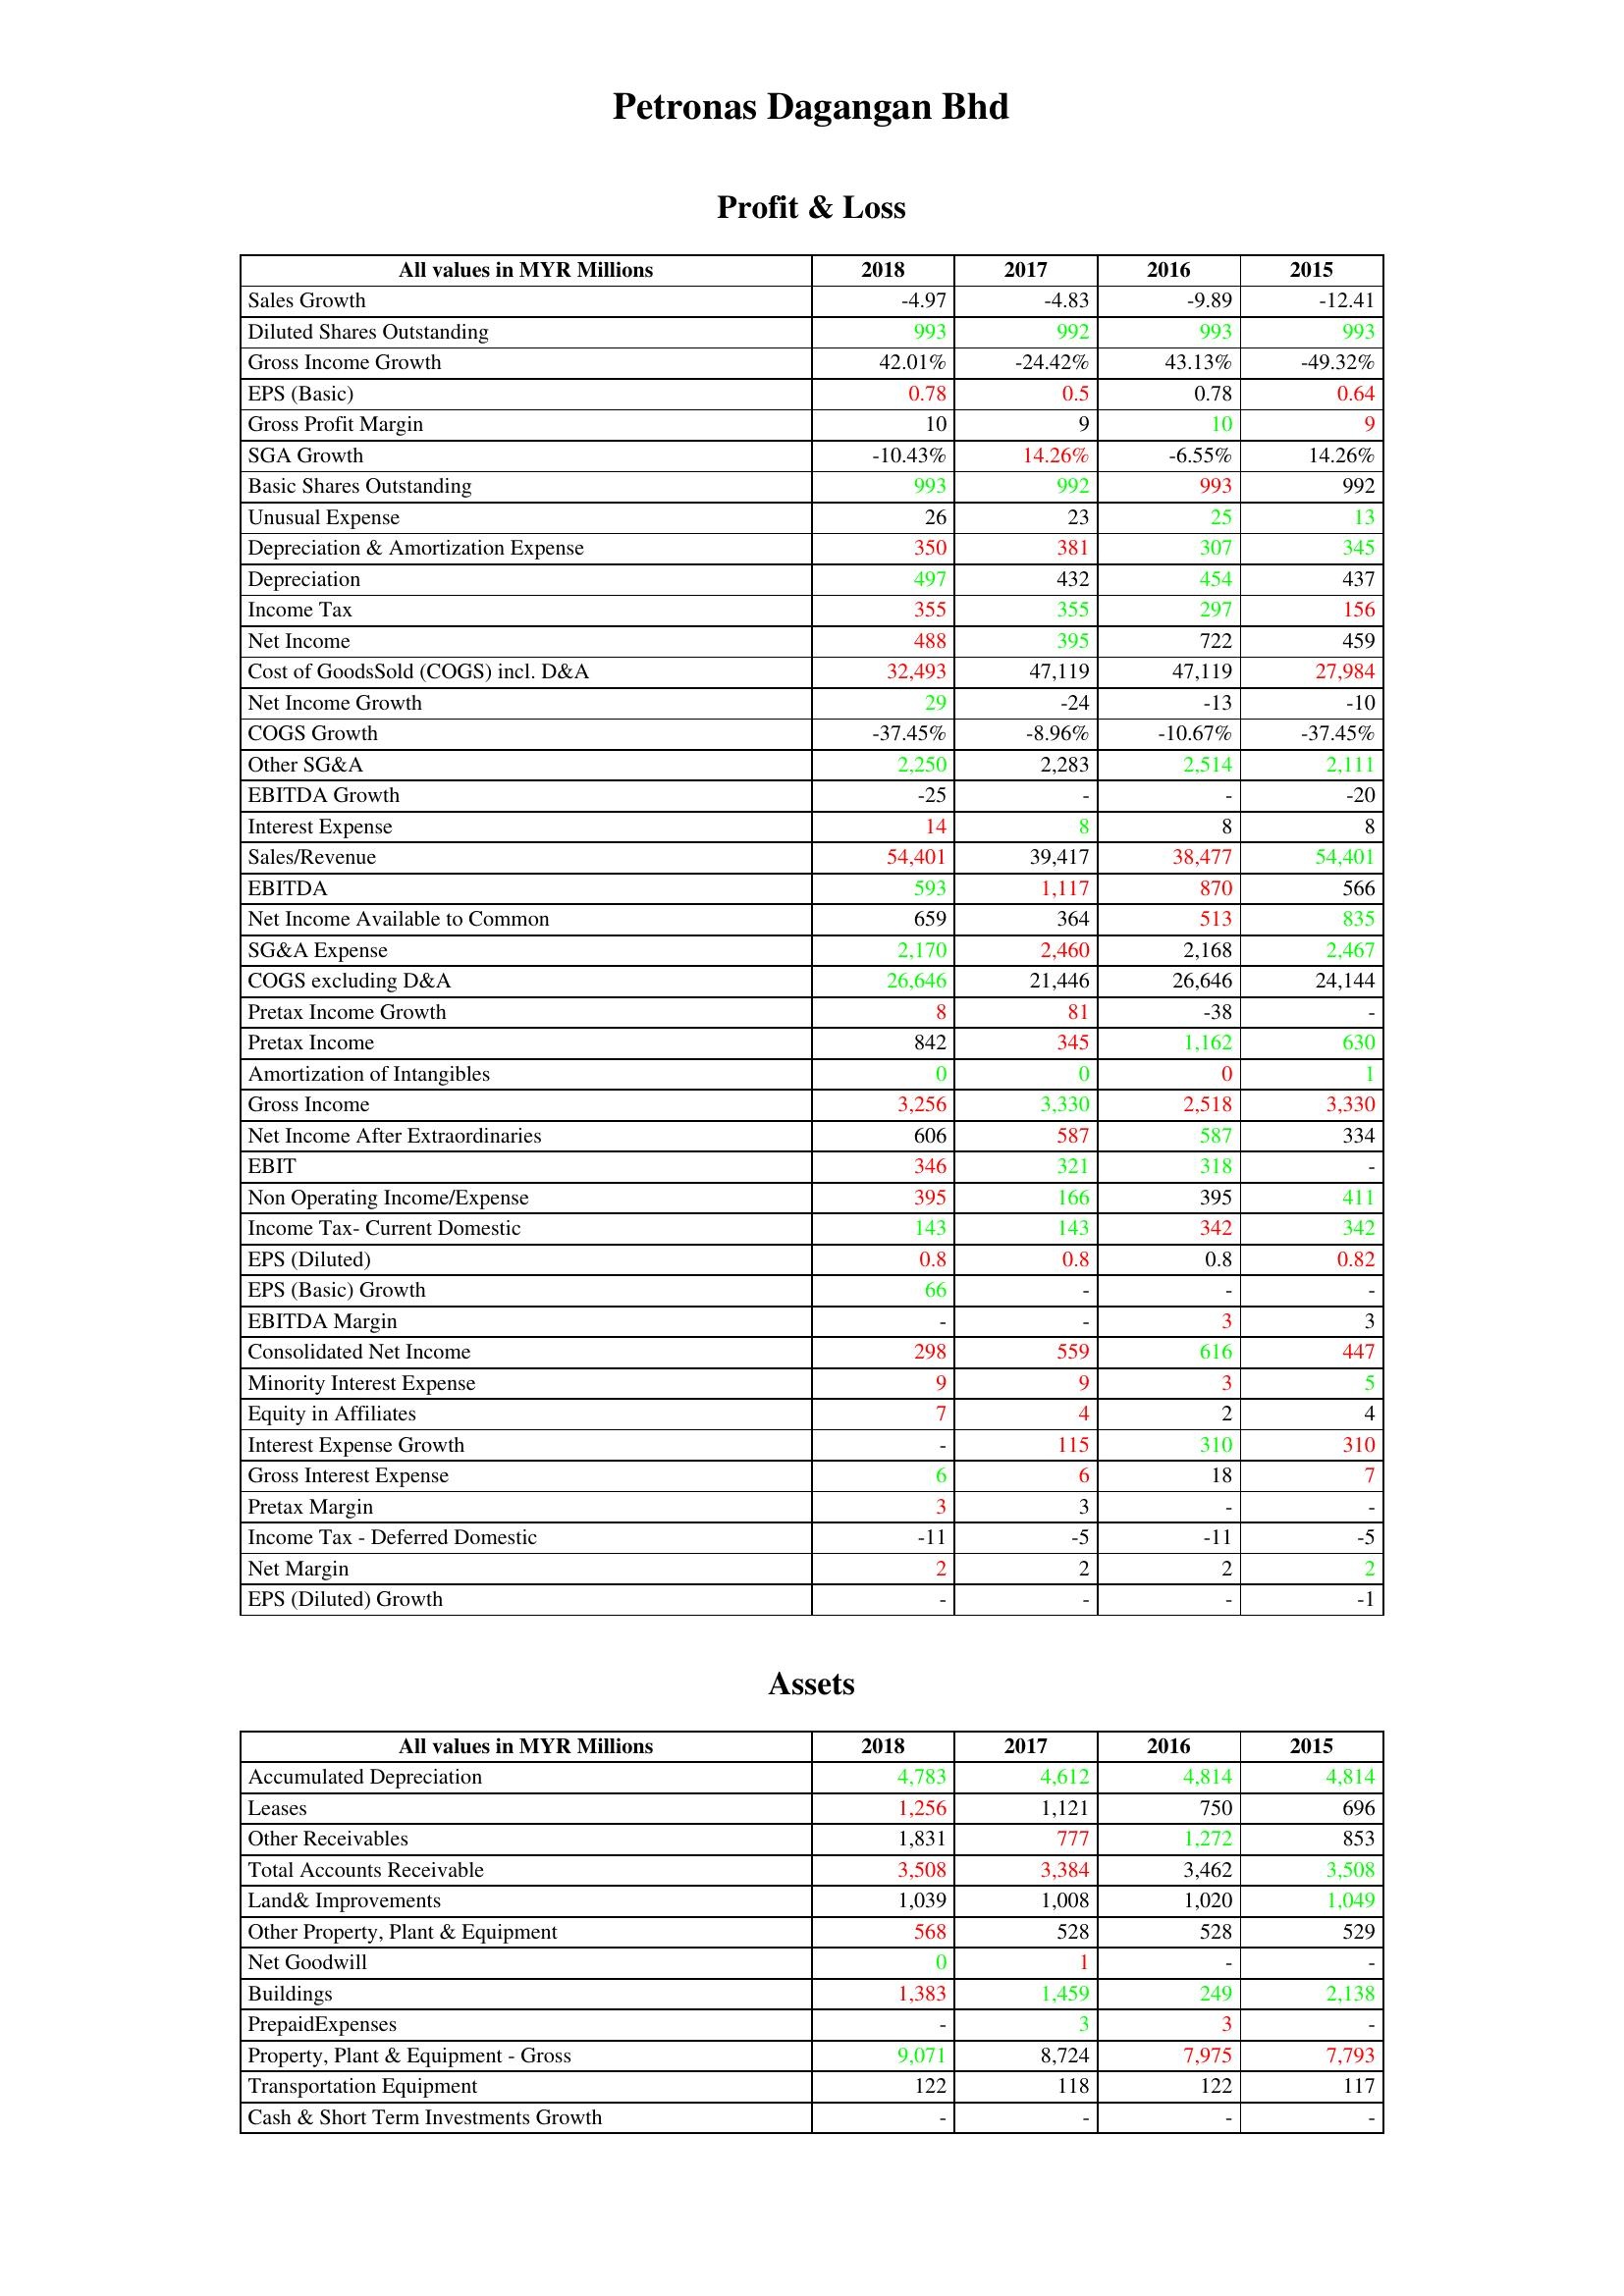
gt_parse: 2018: Profit & Loss: Sales Growth: -4.97
Diluted Shares Outstanding: 993
Gross Income Growth: 42.01%
EPS (Basic): 0.78
Gross Profit Margin: 10
SGA Growth: -10.43%
Basic Shares Outstanding: 993
Unusual Expense: 26
Depreciation & Amortization Expense: 350
Depreciation: 497
Income Tax: 355
Net Income: 488
Cost of GoodsSold (COGS) incl. D&A: 32,493
Net Income Growth: 29
COGS Growth: -37.45%
Other SG&A: 2,250
EBITDA Growth: -25
Interest Expense: 14
Sales/Revenue: 54,401
EBITDA: 593
Net Income Available to Common: 659
SG&A Expense: 2,170
COGS excluding D&A: 26,646
Pretax Income Growth: 8
Pretax Income: 842
Amortization of Intangibles: 0
Gross Income: 3,256
Net Income After Extraordinaries: 606
EBIT: 346
Non Operating Income/Expense: 395
Income Tax- Current Domestic: 143
EPS (Diluted): 0.8
EPS (Basic) Growth: 66
EBITDA Margin: -
Consolidated Net Income: 298
Minority Interest Expense: 9
Equity in Affiliates: 7
Interest Expense Growth: -
Gross Interest Expense: 6
Pretax Margin: 3
Income Tax - Deferred Domestic: -11
Net Margin: 2
EPS (Diluted) Growth: -
Assets: Accumulated Depreciation: 4,783
Leases: 1,256
Other Receivables: 1,831
Total Accounts Receivable: 3,508
Land& Improvements: 1,039
Other Property, Plant & Equipment: 568
Net Goodwill: 0
Buildings: 1,383
PrepaidExpenses: -
Property, Plant & Equipment - Gross : 9,071
Transportation Equipment: 122
Cash & Short Term Investments Growth: -
2017: Profit & Loss: Sales Growth: -4.83
Diluted Shares Outstanding: 992
Gross Income Growth: -24.42%
EPS (Basic): 0.5
Gross Profit Margin: 9
SGA Growth: 14.26%
Basic Shares Outstanding: 992
Unusual Expense: 23
Depreciation & Amortization Expense: 381
Depreciation: 432
Income Tax: 355
Net Income: 395
Cost of GoodsSold (COGS) incl. D&A: 47,119
Net Income Growth: -24
COGS Growth: -8.96%
Other SG&A: 2,283
EBITDA Growth: -
Interest Expense: 8
Sales/Revenue: 39,417
EBITDA: 1,117
Net Income Available to Common: 364
SG&A Expense: 2,460
COGS excluding D&A: 21,446
Pretax Income Growth: 81
Pretax Income: 345
Amortization of Intangibles: 0
Gross Income: 3,330
Net Income After Extraordinaries: 587
EBIT: 321
Non Operating Income/Expense: 166
Income Tax- Current Domestic: 143
EPS (Diluted): 0.8
EPS (Basic) Growth: -
EBITDA Margin: -
Consolidated Net Income: 559
Minority Interest Expense: 9
Equity in Affiliates: 4
Interest Expense Growth: 115
Gross Interest Expense: 6
Pretax Margin: 3
Income Tax - Deferred Domestic: -5
Net Margin: 2
EPS (Diluted) Growth: -
Assets: Accumulated Depreciation: 4,612
Leases: 1,121
Other Receivables: 777
Total Accounts Receivable: 3,384
Land& Improvements: 1,008
Other Property, Plant & Equipment: 528
Net Goodwill: 1
Buildings: 1,459
PrepaidExpenses: 3
Property, Plant & Equipment - Gross : 8,724
Transportation Equipment: 118
Cash & Short Term Investments Growth: -
2016: Profit & Loss: Sales Growth: -9.89
Diluted Shares Outstanding: 993
Gross Income Growth: 43.13%
EPS (Basic): 0.78
Gross Profit Margin: 10
SGA Growth: -6.55%
Basic Shares Outstanding: 993
Unusual Expense: 25
Depreciation & Amortization Expense: 307
Depreciation: 454
Income Tax: 297
Net Income: 722
Cost of GoodsSold (COGS) incl. D&A: 47,119
Net Income Growth: -13
COGS Growth: -10.67%
Other SG&A: 2,514
EBITDA Growth: -
Interest Expense: 8
Sales/Revenue: 38,477
EBITDA: 870
Net Income Available to Common: 513
SG&A Expense: 2,168
COGS excluding D&A: 26,646
Pretax Income Growth: -38
Pretax Income: 1,162
Amortization of Intangibles: 0
Gross Income: 2,518
Net Income After Extraordinaries: 587
EBIT: 318
Non Operating Income/Expense: 395
Income Tax- Current Domestic: 342
EPS (Diluted): 0.8
EPS (Basic) Growth: -
EBITDA Margin: 3
Consolidated Net Income: 616
Minority Interest Expense: 3
Equity in Affiliates: 2
Interest Expense Growth: 310
Gross Interest Expense: 18
Pretax Margin: -
Income Tax - Deferred Domestic: -11
Net Margin: 2
EPS (Diluted) Growth: -
Assets: Accumulated Depreciation: 4,814
Leases: 750
Other Receivables: 1,272
Total Accounts Receivable: 3,462
Land& Improvements: 1,020
Other Property, Plant & Equipment: 528
Net Goodwill: -
Buildings: 249
PrepaidExpenses: 3
Property, Plant & Equipment - Gross : 7,975
Transportation Equipment: 122
Cash & Short Term Investments Growth: -
2015: Profit & Loss: Sales Growth: -12.41
Diluted Shares Outstanding: 993
Gross Income Growth: -49.32%
EPS (Basic): 0.64
Gross Profit Margin: 9
SGA Growth: 14.26%
Basic Shares Outstanding: 992
Unusual Expense: 13
Depreciation & Amortization Expense: 345
Depreciation: 437
Income Tax: 156
Net Income: 459
Cost of GoodsSold (COGS) incl. D&A: 27,984
Net Income Growth: -10
COGS Growth: -37.45%
Other SG&A: 2,111
EBITDA Growth: -20
Interest Expense: 8
Sales/Revenue: 54,401
EBITDA: 566
Net Income Available to Common: 835
SG&A Expense: 2,467
COGS excluding D&A: 24,144
Pretax Income Growth: -
Pretax Income: 630
Amortization of Intangibles: 1
Gross Income: 3,330
Net Income After Extraordinaries: 334
EBIT: -
Non Operating Income/Expense: 411
Income Tax- Current Domestic: 342
EPS (Diluted): 0.82
EPS (Basic) Growth: -
EBITDA Margin: 3
Consolidated Net Income: 447
Minority Interest Expense: 5
Equity in Affiliates: 4
Interest Expense Growth: 310
Gross Interest Expense: 7
Pretax Margin: -
Income Tax - Deferred Domestic: -5
Net Margin: 2
EPS (Diluted) Growth: -1
Assets: Accumulated Depreciation: 4,814
Leases: 696
Other Receivables: 853
Total Accounts Receivable: 3,508
Land& Improvements: 1,049
Other Property, Plant & Equipment: 529
Net Goodwill: -
Buildings: 2,138
PrepaidExpenses: -
Property, Plant & Equipment - Gross : 7,793
Transportation Equipment: 117
Cash & Short Term Investments Growth: -